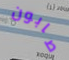
صابون